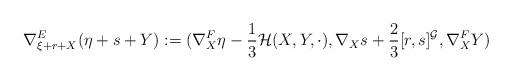
LaTeX: \begin{align*}\nabla^{E}_{\xi + r + X} (\eta + s +Y) := ( \nabla^{F}_{X}\eta -\frac{1}{3} {\mathcal H}(X, Y,\cdot ), \nabla_{X}s +\frac{2}{3} [r, s]^{\mathcal G}, \nabla_{X}^{F}Y )\end{align*}